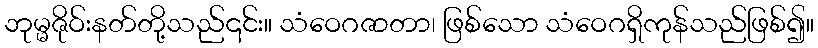
ဘုမ္မဇိုဝ်းနတ်တို့သည်၎င်း။ သံဝေဂဇာတာ၊ ဖြစ်သော သံဝေဂရှိကုန်သည်ဖြစ်၍။